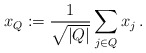
\begin{align*} x_Q:=\frac{1}{\sqrt{|Q|}}\sum_{j\in Q}x_j\,. \end{align*}